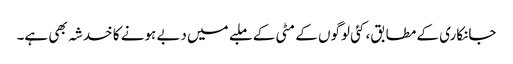
جانکاری کے مطابق، کئی لوگوں کے مٹی کے ملبے میں دبے ہونے کا خدشہ بھی ہے۔